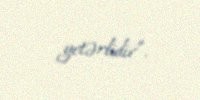
yetərlidir”.